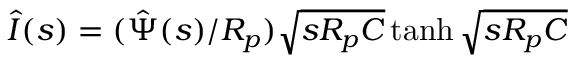
\hat { I } ( s ) = ( \hat { \Psi } ( s ) / R _ { p } ) \sqrt { s R _ { p } C } \operatorname { t a n h } \sqrt { s R _ { p } C }